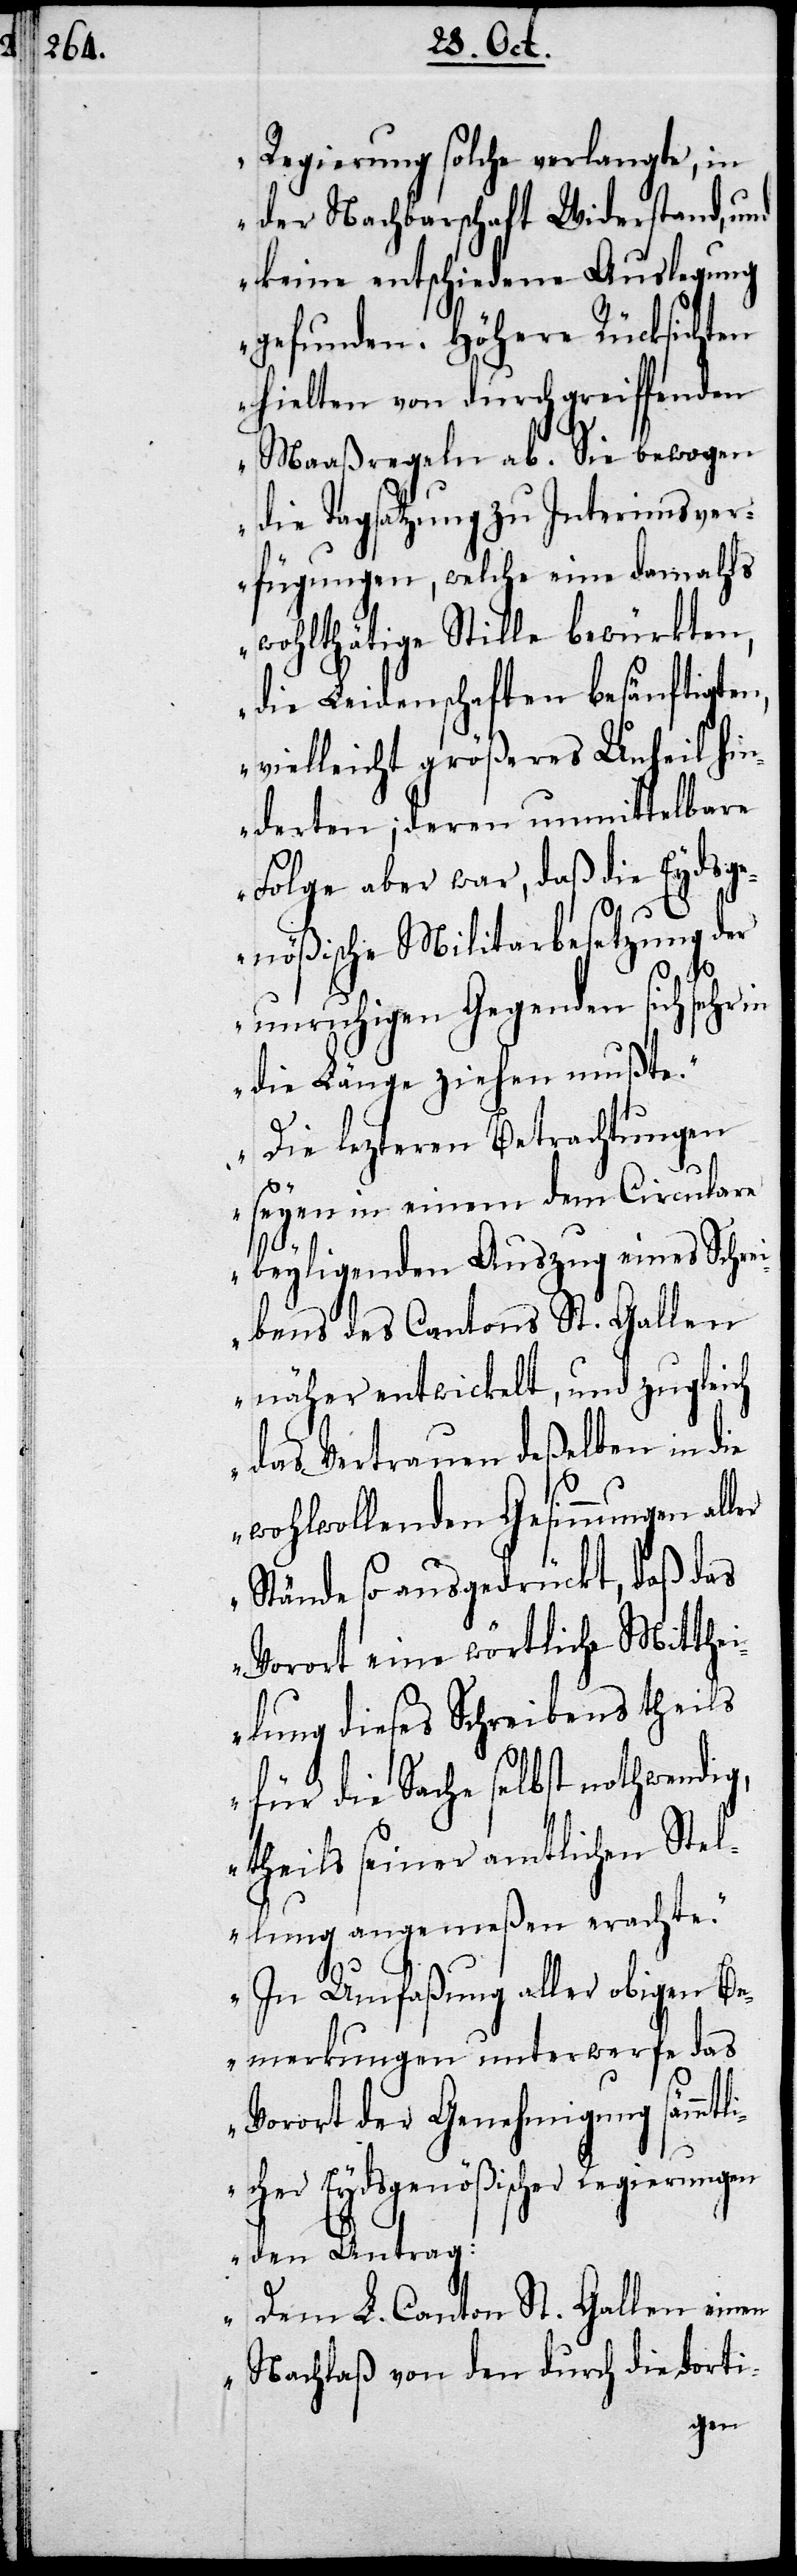
Regierung solche verlangte, in
der Nachbarschaft Widerstand, und
keine entschiedene Auslegung
gefunden. Höhere Rücksichten
hielten von durchgreiffenden
Maaßregeln ab. Sie bewogen
die Tagsatzung zu Interimsver¬
fügungen, welche eine damahls
wohlthätige Stille bewürkten,
die Leidenschaften besänftigten,
vielleicht größeres Unheil hin¬
derten; deren unmittelbare
Folge aber war, daß die Eydsge¬
nößische Militarbesetzung der
unruhigen Gegenden sich sehr
die Länge ziehen mußte.
Die letzteren Betrachtungen
seyen in einem dem Circulare
beyligenden Auszug eines Schrei¬
bens des Cantons St. Gallen
näher entwickelt, und zugleich
das Vertrauen deßelben in die
wohlwollenden Gesinnungen
Stände so ausgedrückt, daß das
Vorort eine wörtliche Mitthe¬
ilung dieses Schreibens theils
für die Sache selbst nothwendig,
theils seiner amtlichen Stel¬
lung angemeßen erachte.
In Umfaßung aller obigen Be¬
merkungen unterwerfe das
Vorort der Genehmigung sämmtl¬
icher Eydsgenößischer Regierungen
den Antrag:
Dem L. Canton St. Gallen einen
Nachlaß von den durch die dorti-